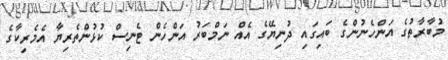
މުބާރާތުގެ އަންހެނުންގެ ބައިގައި ދުނިޔޭގެ އެއް ނަމްބަރު އަންހެން ޓެނިސް ކުޅުންތެރިޔާ އެމެރިކާގެ